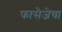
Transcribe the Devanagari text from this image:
फासैजेचा